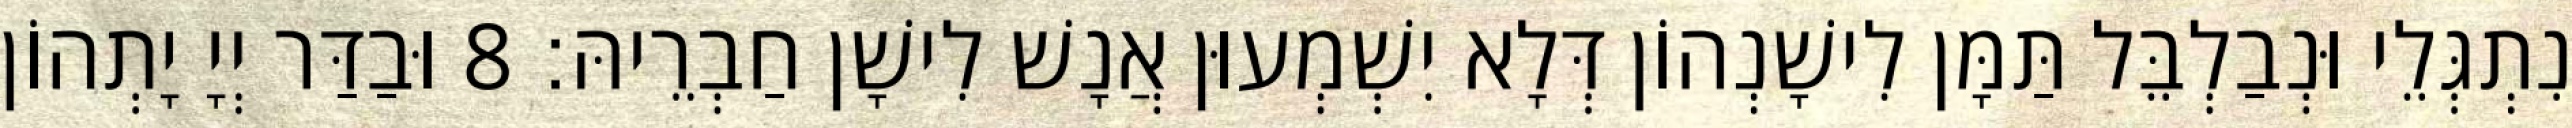
נִתְגְּלֵי וּנְבַלְבֵּל תַּמָּן לִישָׁנְהוֹן דְּלָא יִשְׁמְעוּן אֲנָשׁ לִישָׁן חַבְרֵיהּ׃ 8 וּבַדַּר יְיָ יָתְהוֹן